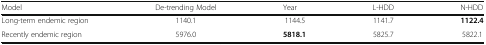
<table><thead><tr><td><b>Model</b></td><td><b>De-trending Model</b></td><td><b>Year</b></td><td><b>L-HDD</b></td><td><b>N-HDD</b></td></tr></thead><tbody><tr><td>Long-term endemic region</td><td>1140.1</td><td>1144.5</td><td>1141.7</td><td><b>1122.4</b></td></tr><tr><td>Recently endemic region</td><td>5976.0</td><td><b>5818.1</b></td><td>5825.7</td><td>5822.1</td></tr></tbody></table>